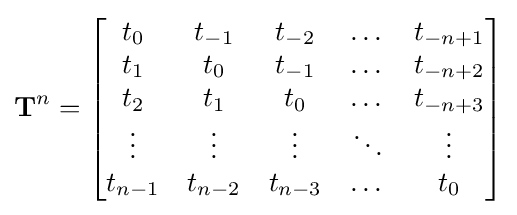
\mathbf {T} ^{n}={\begin{bmatrix}t_{0}&t_{-1}&t_{-2}&\dots &t_{-n+1}\\t_{1}&t_{0}&t_{-1}&\dots &t_{-n+2}\\t_{2}&t_{1}&t_{0}&\dots &t_{-n+3}\\\vdots &\vdots &\vdots &\ddots &\vdots \\t_{n-1}&t_{n-2}&t_{n-3}&\dots &t_{0}\end{bmatrix}}